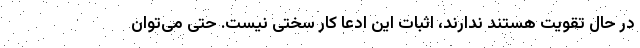
در حال تقویت هستند ندارند، اثبات این ادعا کار سختی نیست. حتی می‌توان